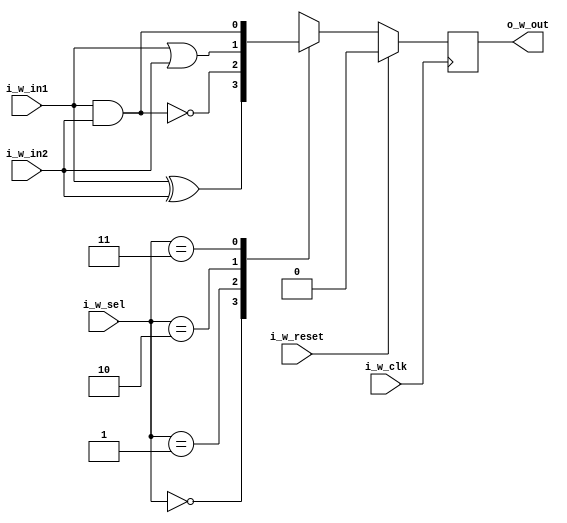
module task0(
    output wire o_w_out,
    input wire[1:0] i_w_sel,
    input wire i_w_in1,
    input wire i_w_in2,
    input wire i_w_clk,
    input wire i_w_reset
);
    reg l_r_out;
    always@(posedge i_w_clk) begin
        if (i_w_reset) begin
            l_r_out <= 0;
        end else begin
            case (i_w_sel)
                0: l_r_out <= i_w_in1 ^ i_w_in2;
                1: l_r_out <= ~(i_w_in1 & i_w_in2);
                2: l_r_out <= i_w_in1 | i_w_in2;
                3: l_r_out <= i_w_in1 & i_w_in2;
                default: l_r_out <= 1'b0;
            endcase
        end
    end
    
    assign o_w_out = l_r_out;
endmodule